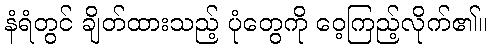
နံရံတွင် ချိတ်ထားသည့် ပုံတွေကို ဝေ့ကြည့်လိုက်၏။